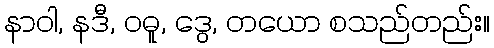
နာဝါ, နဒီ, ဝဓူ, ဒွေ, တယော စသည်တည်း။